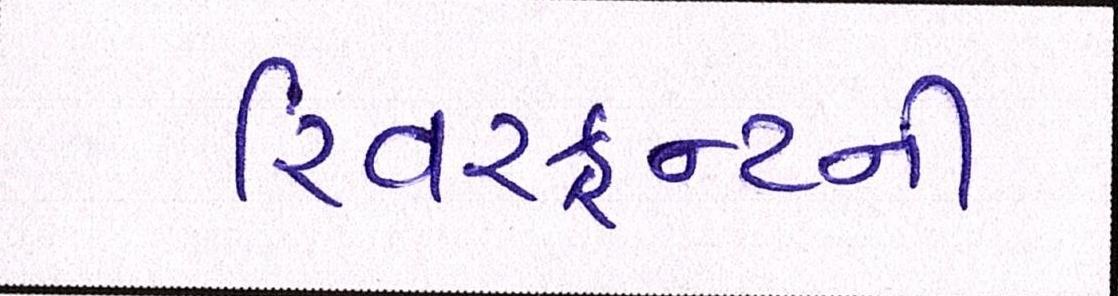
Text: રિવરફ્રન્ટની